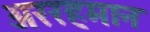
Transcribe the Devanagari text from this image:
अररहमान